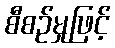
စီစဉ်မှုဖြင့်